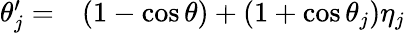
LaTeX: \begin{array}{rl}{\theta_{j}^{\prime}=}&{{}(1-\cos\theta)+(1+\cos\theta_{j})\eta_{j}}\end{array}